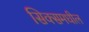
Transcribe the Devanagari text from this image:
सिक्समधील